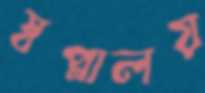
স্বপ্নালয়